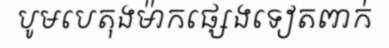
បូមបេតុងម៉ាកផ្សេងទៀតពាក់